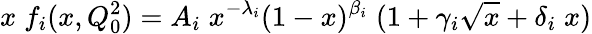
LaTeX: x\; f_{i}(x,Q_{0}^{2})=A_{i}\; x^{-\lambda_{i}}(1-x)^{\beta_{i}}\; (1+\gamma_{i}\sqrt{x}+\delta_{i}\; x)